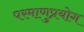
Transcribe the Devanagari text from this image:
परमाणुप्रयोग